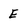
Character: E